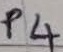
Text: P4